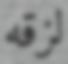
لزقه